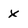
Character: x